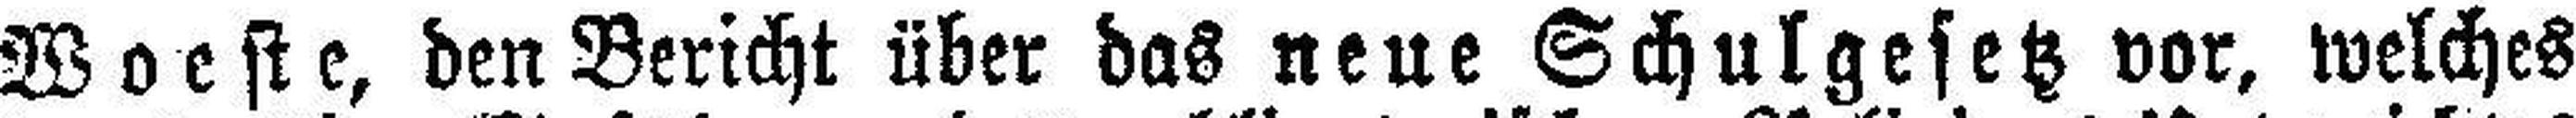
Woeste, den Bericht über das neue Schulgesetz vor, welches